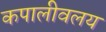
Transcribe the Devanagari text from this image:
कपालीवलय